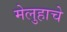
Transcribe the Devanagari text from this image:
मेलुहाचे